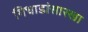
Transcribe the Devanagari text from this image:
गिधाडांसारखा